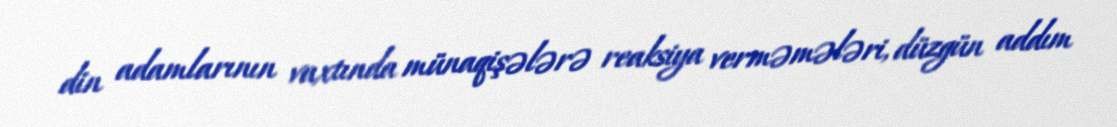
din adamlarının vaxtında münaqişələrə reaksiya verməmələri, düzgün addım